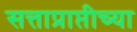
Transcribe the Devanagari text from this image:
सत्ताप्राप्तीच्या